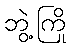
ဘွဲ့ကြို